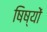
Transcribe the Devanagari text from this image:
षिष्यों